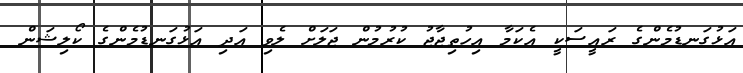
އަޅުގަނޑުމެންގެ ރައީސަކީ އެކަމާ އިހުތިޖާޖު ކުރުމުން ޖަލަށް ލެވި އަދި އަޅުގަނޑުމެންގެ ކޯލިޝަން